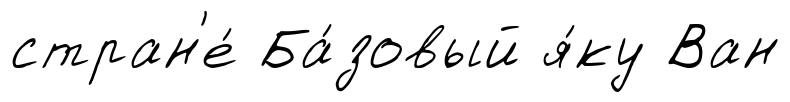
стран'е́ Ба́зовый я́ку Ван